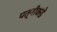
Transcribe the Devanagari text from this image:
पत्नीकडे